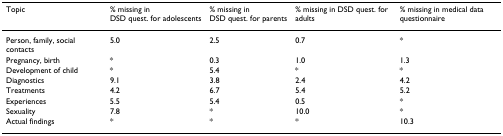
<table><thead><tr><td><b>Topic</b></td><td><b>% missing inDSD quest. for adolescents</b></td><td><b>% missing inDSD quest. for parents</b></td><td><b>% missing in DSD quest. for adults</b></td><td><b>% missing in medical data questionnaire</b></td></tr></thead><tbody><tr><td>Person, family, social contacts</td><td>5.0</td><td>2.5</td><td>0.7</td><td>*</td></tr><tr><td>Pregnancy, birth</td><td>*</td><td>0.3</td><td>1.0</td><td>1.3</td></tr><tr><td>Development of child</td><td>*</td><td>5.4</td><td>*</td><td>*</td></tr><tr><td>Diagnostics</td><td>9.1</td><td>3.8</td><td>2.4</td><td>4.2</td></tr><tr><td>Treatments</td><td>4.2</td><td>6.7</td><td>5.4</td><td>5.2</td></tr><tr><td>Experiences</td><td>5.5</td><td>5.4</td><td>0.5</td><td>*</td></tr><tr><td>Sexuality</td><td>7.8</td><td>*</td><td>10.0</td><td>*</td></tr><tr><td>Actual findings</td><td>*</td><td>*</td><td>*</td><td>10.3</td></tr></tbody></table>